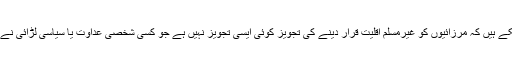
پچھلے صفحات میں آپ دیکھ چکے ہیں کہ مرزائیوں کو غیرمسلم اقلیت قرار دینے کی تجویز کوئی ایسی تجویز نہیں ہے جو کسی شخصی عداوت یا سیاسی لڑائی نے وقتی طور پر کھڑی کر دی ہو۔